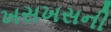
ખસખસની